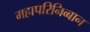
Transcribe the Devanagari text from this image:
महापरिनिव्बान